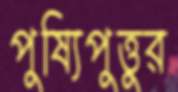
পুষ্যিপুত্তুর